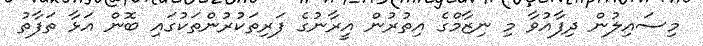
މިސައިލުން ދިފާއުވާ މި ނިޒާމްގެ އިތުރުން އީރާނުގެ ފަރިތަކުރުންތަކުގައި ބޮން އަޅާ ތަފާތު